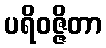
ပရိဝဇ္ဇိတာ